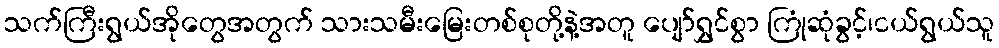
သက်ကြီးရွယ်အိုတွေအတွက် သားသမီးမြေးတစ်စုတို့နဲ့အတူ ပျော်ရွှင်စွာ ကြုံဆုံခွင့်၊ငယ်ရွယ်သူ